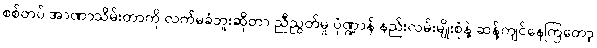
စစ်တပ် အာဏာသိမ်းတာကို လက်မခံဘူးဆိုတာ ညီညွတ်မှု ပုံဏ္ဍာန် နည်းလမ်းမျိုးစုံနဲ့ ဆန့်ကျင်နေကြတော့